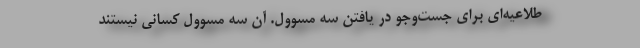
طلاعيه‌اي براي جست‌وجو در يافتن سه مسوول. آن سه مسوول كساني نيستند